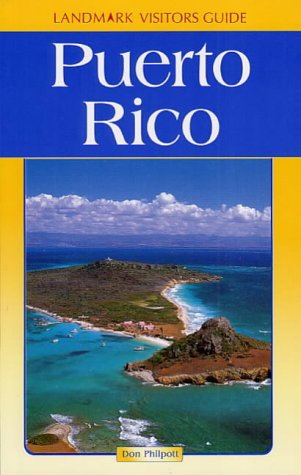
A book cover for Landmark Puerto Rico (Landmark Visitors Guides) (Landmark Visitors Guide Puerto Rico); Don Philpott; Travel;